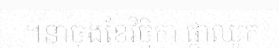
។នាចុងខែវិច្ឆិកា ផ្កាឈូក